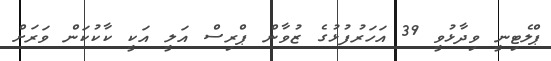
ޕްލެޓިނީ ވިދާޅުވީ 39 އަހަރުފުޅުގެ ޒުވާން ޕްރިސް އަލީ އަކީ ކާކުކަން ވަރަށް